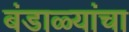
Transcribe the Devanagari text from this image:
बंडाळ्यांचा